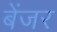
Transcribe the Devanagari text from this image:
बेंजर